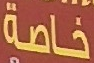
خاصة